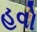
હવો